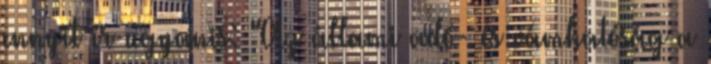
ennyit ír ugyanis: "Az állami adó- és vámhatóság a